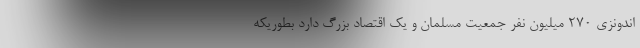
اندونزی 270 میلیون نفر جمعیت مسلمان و یک اقتصاد بزرگ دارد بطوریکه